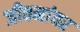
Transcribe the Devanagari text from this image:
जीवनांवर